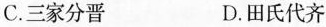
C.三家分晋 D.田氏代齐